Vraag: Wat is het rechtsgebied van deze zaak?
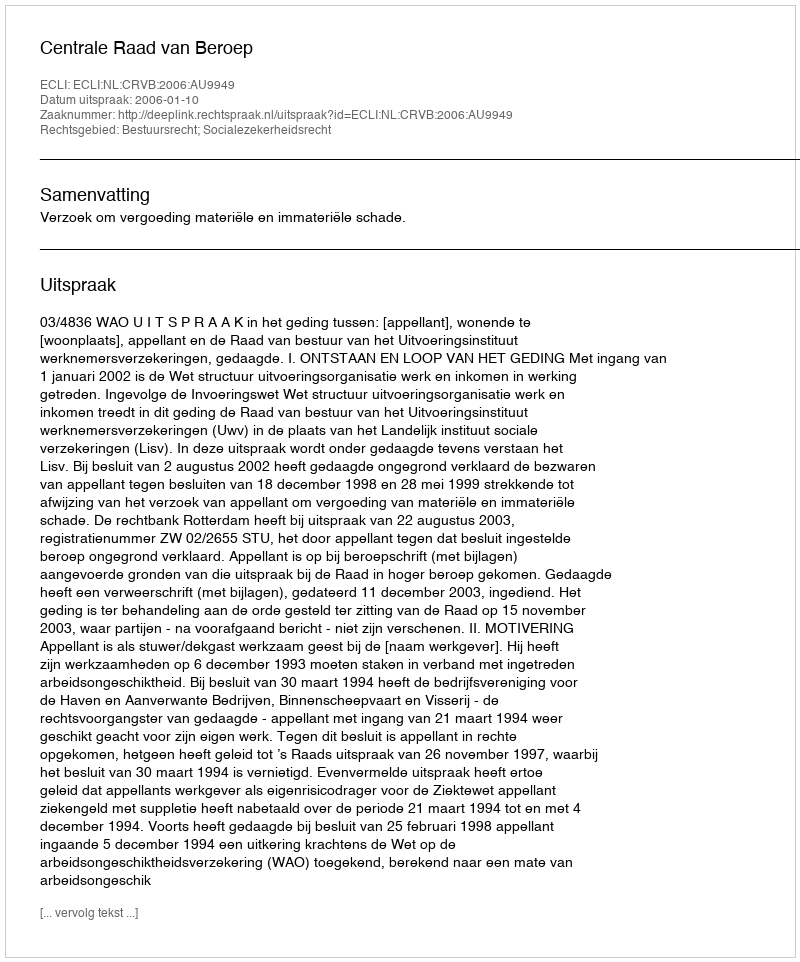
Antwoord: Bestuursrecht; Socialezekerheidsrecht